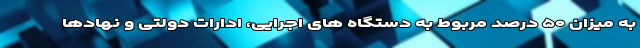
به میزان ۵۰ درصد مربوط به دستگاه های اجرایی، ادارات دولتی و نهادها